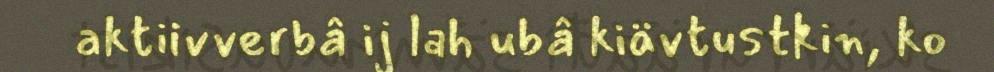
aktiivverbâ ij lah ubâ kiävtustkin, ko